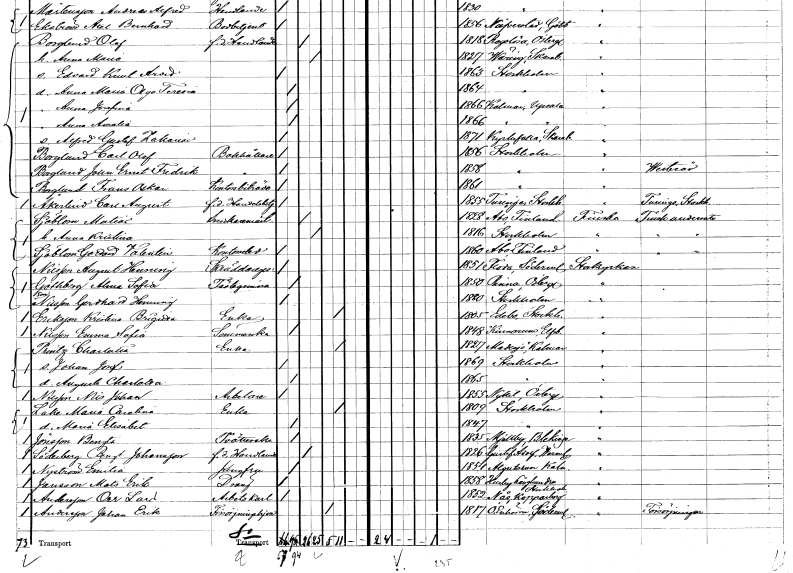
gt_parse: households: individuals: FN: Carl Olof
EN: Borglund
YRKE: Bokhållare
KON: M
CIV: O
FODAR: 1856
FODFORS: Stockholm
FN: Johan Ernst Fredrik
EN: Borglund
YRKE: Bokhållare
KON: M
CIV: O
FODAR: 1858
FODFORS: Stockholm
FN: Frans Oskar
EN: Borglund
YRKE: Kontorsbiträde
KON: M
CIV: O
FODAR: 1861
FODFORS: Stockholm
FN: Carl August
EN: Åkerlind
YRKE: Handelsbetjänt f.d.
KON: M
CIV: O
FODAR: 1855
FODFORS: Turinge Stockholms län
FN: Matias
EN: Sjöblom
YRKE: Snickaremästare
KON: M
CIV: G
FODAR: 1828
FN: Anna Kristina
KON: K
CIV: G
FODAR: 1816
FODFORS: Stockholm
FN: Gottard Vallentin
EN: Sjöblom
YRKE: Kontorselev
KON: M
CIV: O
FODAR: 1860
FN: August Henning
EN: Nilsson
YRKE: Skräddaregesäll
KON: M
CIV: O
FODAR: 1851
FODFORS: Floda Södermanlands län
FN: Alma Sofia
EN: Göthberg
KON: K
CIV: O
FODAR: 1850
FODFORS: Rinna Östergötlands län
FN: Gerhard Henning
EN: Nilsson
KON: M
CIV: O
FODAR: 1880
FODFORS: Stockholm
FN: Kristina Brigitta
EN: Eriksson
YRKE: Änka
KON: K
CIV: E
FODAR: 1805
FODFORS: Edebo Stockholms län
FN: Emma Sofia
EN: Nilsson
YRKE: Sömmerska
KON: K
CIV: O
FODAR: 1848
FODFORS: Kinnarumma Älvsborgs län
FN: Charlotta
EN: Printz
YRKE: Änka
KON: K
CIV: E
FODAR: 1827
FODFORS: Madesjö Kalmar län
FN: Johan Josef
KON: M
CIV: O
FODAR: 1869
FODFORS: Stockholm
FN: Augusta Charlotta
KON: K
CIV: O
FODAR: 1865
FODFORS: Stockholm
FN: Nils Johan
EN: Nilsson
YRKE: Arbetare
KON: M
CIV: O
FODAR: 1855
FODFORS: Nykil Östergötlands län
FN: Maria Carolina
EN: Lake
YRKE: Änka
KON: K
CIV: E
FODAR: 1809
FODFORS: Stockholm
FN: Maria Elisabet
KON: K
CIV: O
FODAR: 1847
FODFORS: Stockholm
FN: Bengta
EN: Jönsson
YRKE: Tvätterska
KON: K
CIV: O
FODAR: 1835
FODFORS: Mjällby Blekinge län
FN: Bengt
EN: Söderberg Johansson
YRKE: Handlande f.d.
KON: M
CIV: G
FODAR: 1826
FODFORS: Gustav Adolf Värmlands län
FN: Emilia
EN: Nyström
YRKE: Jungfru
KON: K
CIV: O
FODAR: 1854
FODFORS: Algutsrum Kalmar län
FN: Mats Erik
EN: Jansson
YRKE: Dräng
KON: M
CIV: O
FODAR: 1858
FODFORS: Husby-Långhundra Uppsala län
FN: Per Lars
EN: Andersson
YRKE: Arbetskarl
KON: M
CIV: O
FODAR: 1852
FODFORS: Nås Kopparbergs län
FN: Johan Erik
EN: Andersson
YRKE: Försörjningshjon
KON: M
CIV: E
FODAR: 1817
FODFORS: Överenhörna Stockholms län